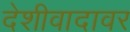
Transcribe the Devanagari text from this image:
देशीवादावर